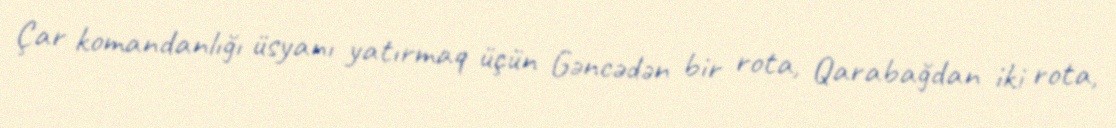
Çar komandanlığı üsyanı yatırmaq üçün Gəncədən bir rota, Qarabağdan iki rota,